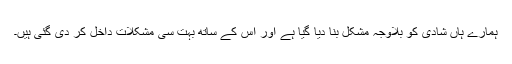
ہمارے ہاں شادی کو بلاوجہ مشکل بنا دیا گیا ہے اور اس کے ساتھ بہت سی مشکلات داخل کر دی گئی ہیں۔